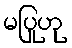
မပြုဟု